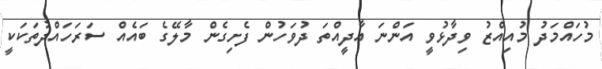
މުހައްމަދު މުއިއްޒު ވިދާޅުވީ އަންނަ އާދީއްތަ ދުވަހުން ފެށިގެން މާލޭގެ ބައެއް ސަރަހައްދުތަކަކީ